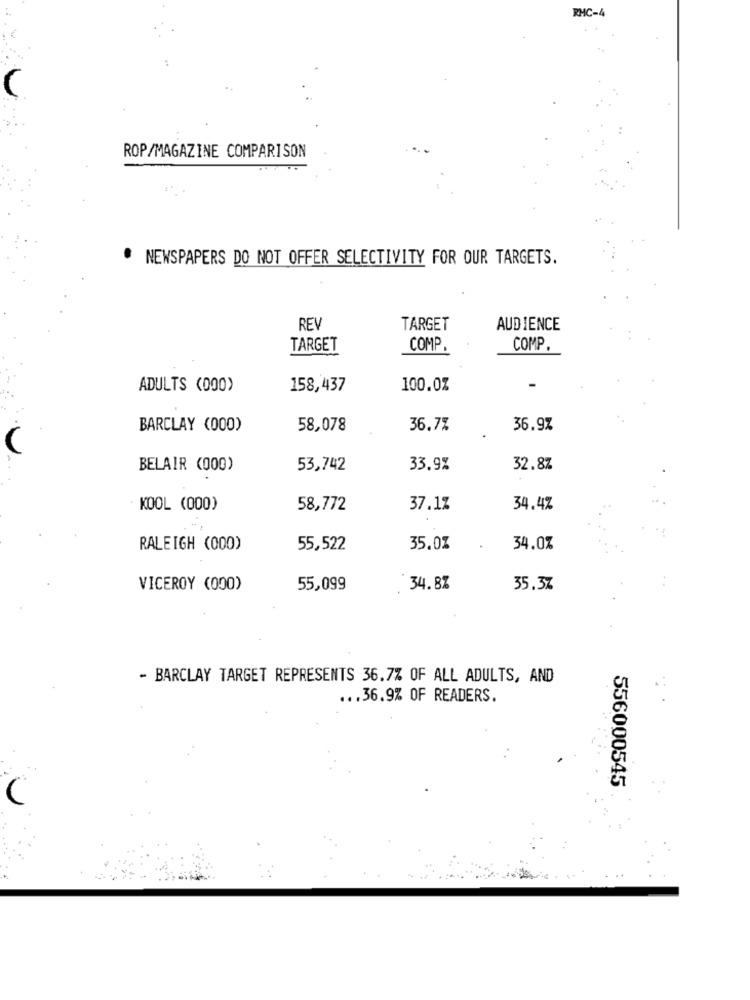
RMC-4
L
ROP/MAGAZINE COMPARISON
. NEWSPAPERS DO NOT OFFER SELECTIVITY FOR OUR TARGETS.
REV
TARGET
AUDIENCE
TARGET
COMP.
COMP.
ADULTS (000)
158,437
100.0%
BARCLAY (000)
58,078
36.7%
36.9%
(
BELAIR (000)
53,742
33.9%
32.8%
KOOL (000)
58,772
37.1%
34.4%
RALEIGH (000)
55,522
35.0%
34.0%
VICEROY (000)
55,099
34.87
35.3%
- BARCLAY TARGET REPRESENTS 36.7% OF ALL ADULTS, AND
... 36.9% OF READERS.
556000545